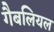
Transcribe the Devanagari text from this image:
गैबलियल